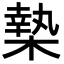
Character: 𣙗